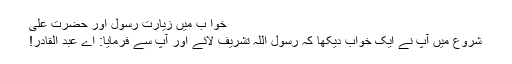
خوا ب میں زیارت رسولؐ اور حضرت علیؓ
شروع میں آپ نے ایک خواب دیکھا کہ رسول اللہؐ تشریف لائے اور آپ سے فرمایا: اے عبد القادر!